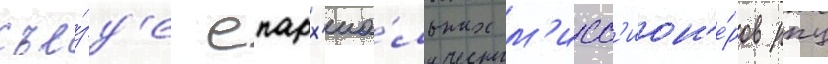
съе́зд'е епарх'иа́льных м'исс'ион'е́ров рпц